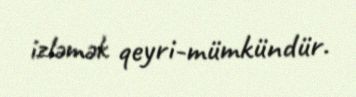
izləmək qeyri-mümkündür.